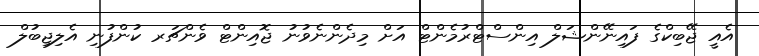
އެއީ ޖޭބިކްގެ ފައިނޭންޝަލް އިންސްޓްރުމެންޓް އަށް މިދެންނެވުނު ޖޮއިންޓް ވެންޗަރ ކުންފުނި އެލިޖިބުލް